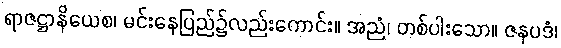
ရာဇဋ္ဌာနိယေစ၊ မင်းနေပြည်၌လည်းကောင်း။ အညံ၊ တစ်ပါးသော။ ဇနပဒံ၊